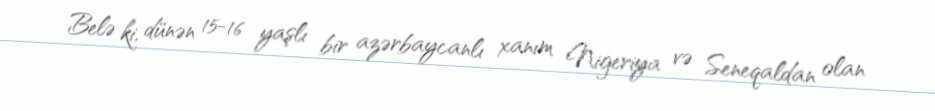
Belə ki, dünən 15-16 yaşlı bir azərbaycanlı xanım Nigeriya və Seneqaldan olan